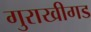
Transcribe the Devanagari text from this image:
गुराखीगड